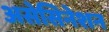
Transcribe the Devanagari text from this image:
असेसिनेशन